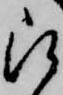
被